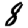
Digit: 8